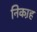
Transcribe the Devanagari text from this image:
निका़ह